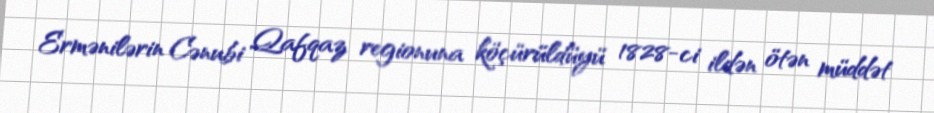
Ermənilərin Cənubi Qafqaz regionuna köçürüldüyü 1828-ci ildən ötən müddət